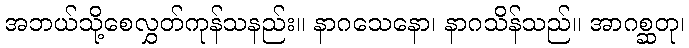
အဘယ်သို့စေလွှတ်ကုန်သနည်း။ နာဂသေနော၊ နာဂသိန်သည်။ အာဂစ္ဆတု၊